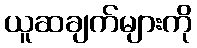
ယူဆချက်များကို